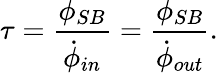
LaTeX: \tau=\frac{\phi_{SB}}{\dot{\phi}_{in}}=\frac{\phi_{SB}}{\dot{\phi}_{out}}.